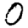
Digit: 0